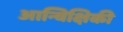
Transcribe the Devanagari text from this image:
आन्विक्षिकी